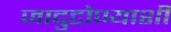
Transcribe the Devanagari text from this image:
जादुटोण्याशी